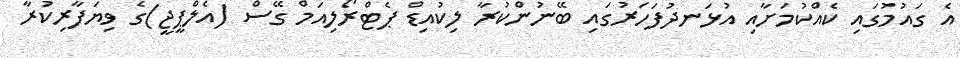
އެ ގައުމުގައި ކެއްކުމަށާއި އުޅަނދުފަހަރުގައި ބޭނުންކުރާ ލިކުއިޑް ޕެޓްރޯލިއަމް ގޭސް (އެލްޕީޖީ)ގެ ވިޔަފާރިކުރާ